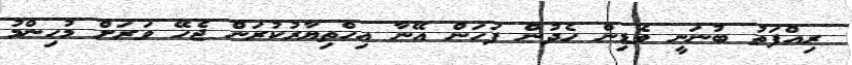
ރިއްފަތު ބުނަނީ ވެޑިން ހެދުން ފަހަން އޭނާ އިހްތިޔާރުކުރަން ޖެހޭ ވަރަށް މުހިންމު